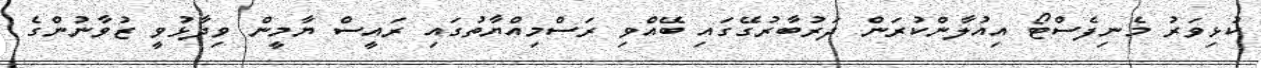
ކުޅިވަރު މެނިފެސްޓޯ އިއުލާންކުރަން ދަރުބާރުގޭގައި ބޭއްވި ރަސްމިއްޔާތުގައި ރައީސް ޔާމީން ވިދާޅުވީ ޒުވާނުންގެ